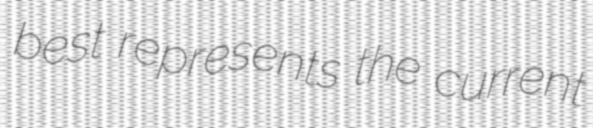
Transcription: best represents the current